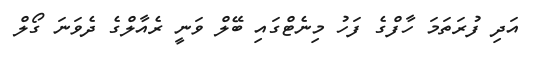
އަދި ފުރަތަމަ ހާފްގެ ފަހު މިނެޓްގައި ބޭލް ވަނީ ރެއާލްގެ ދެވަނަ ގޯލް